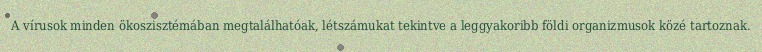
A vírusok minden ökoszisztémában megtalálhatóak, létszámukat tekintve a leggyakoribb földi organizmusok közé tartoznak.